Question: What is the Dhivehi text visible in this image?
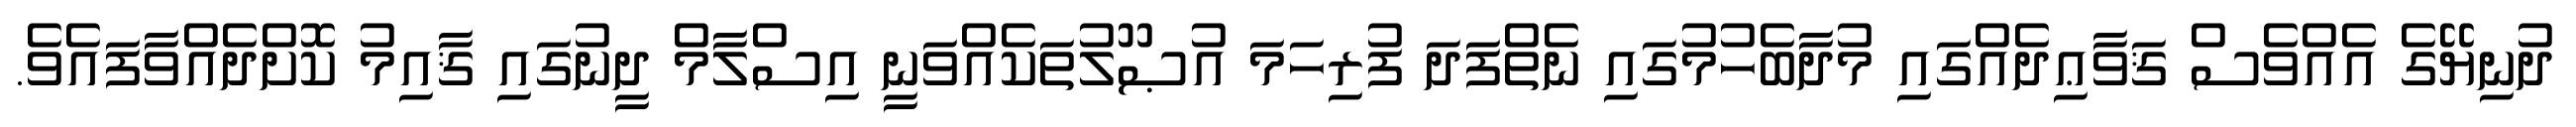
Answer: ދުނިޔޭގެ އެއްވެސް ޤަވާޢިދެއްގައި މުދާބެހުމުގައި ނެތްފަދަ ފުރިހަމަ އުޞޫލުތަކެއްވަނީ އިސްލާމް ދީނުގައި ޤާއިމު ކޮށްދެއްވާފައެވެ.